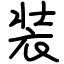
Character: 装